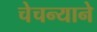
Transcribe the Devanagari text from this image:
चेचन्याने